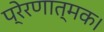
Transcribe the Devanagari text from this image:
प्रेरणात्मक।